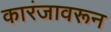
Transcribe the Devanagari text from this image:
कारंजावरून